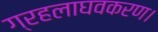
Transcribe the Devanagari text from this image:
ग्रहलाघवकरण।